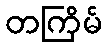
တကြိမ်